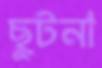
ছুটনা